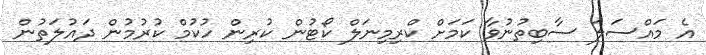
އެ މައްސަލަ ސާބިތުނުވާ ކަމަށް ކްރިމިނަލް ކޯޓުން ކުރިން ހުކުމް ކުރުމުން ދައުލަތުން